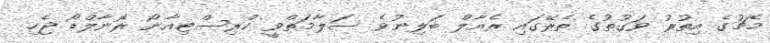
މެޗުގެ އިތުރު ވަގުތުގެ ތެރޭގައި ރެއާލް ބަލިނުވެ ސަލާމަތްވީ ކްރިސްޓިއާނޯ ރޮނާލްޑޯ ޖެހި